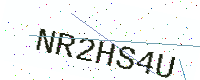
Text: NR2HS4U